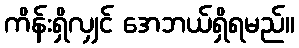
ကိန်းရှိလျှင် အေဘယ်ရှိရမည်။